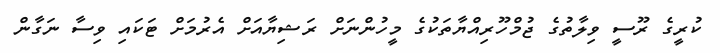
ކުރީގެ ރޫސީ ވިލާތުގެ ޖުމްހޫރިއްޔާތަކުގެ މީހުންނަށް ރަޝިޔާއަށް އެރުމަށް ޓަކައި ވިސާ ނަގާން